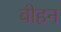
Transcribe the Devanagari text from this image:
बीहन